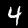
Digit: 4